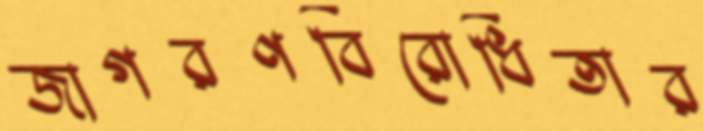
জাগরণবিরোধিতার